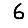
Digit: 6